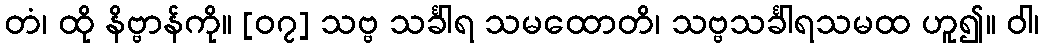
တံ၊ ထို နိဗ္ဗာန်ကို။ [၀၇] သဗ္ဗ သင်္ခါရ သမထောတိ၊ သဗ္ဗသင်္ခါရသမထ ဟူ၍။ ဝါ၊